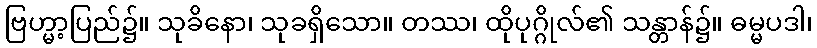
ဗြဟ္မာ့ပြည်၌။ သုခိနော၊ သုခရှိသော။ တဿ၊ ထိုပုဂ္ဂိုလ်၏ သန္တာန်၌။ ဓမ္မပဒါ၊